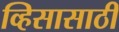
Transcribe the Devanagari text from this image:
व्हिसासाठी